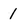
Character: 1